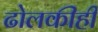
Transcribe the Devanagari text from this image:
ढोलकीही